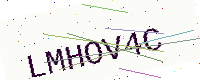
Text: LMHOV4C